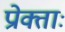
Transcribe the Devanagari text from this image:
प्रोक्ताः